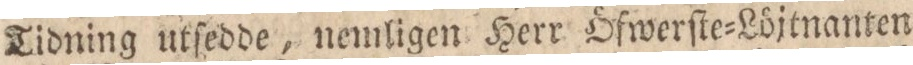
Tidning utſedde, nemligen Herr Öfwerſte=Löjtnanten